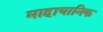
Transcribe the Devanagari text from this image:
माहायानिक